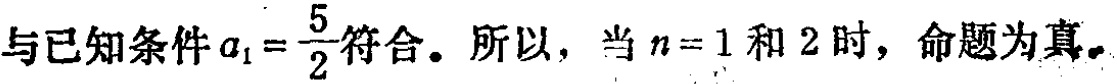
与已知条件\(a_{1}=\frac{5}{2}\)符合。所以，当\(n = 1\)和\(2\)时，命题为真。